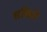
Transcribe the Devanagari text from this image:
सकिने